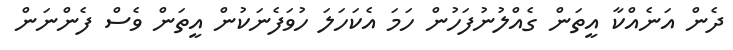
ދެން އަނެއްކާ އީތަން ގެއްލުނުފަހުން ހަމަ އެކަހަލަ ހުވަފެނަކުން އީތަން ވެސް ފެންނަން